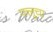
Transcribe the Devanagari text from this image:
फ्लूचा